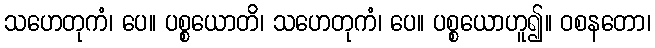
သဟေတုကံ၊ ပေ။ ပစ္စယောတိ၊ သဟေတုကံ၊ ပေ။ ပစ္စယောဟူ၍။ ဝစနတော၊